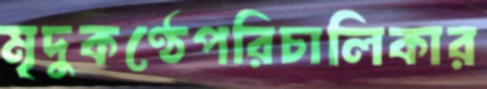
মৃদুকণ্ঠেপরিচালিকার